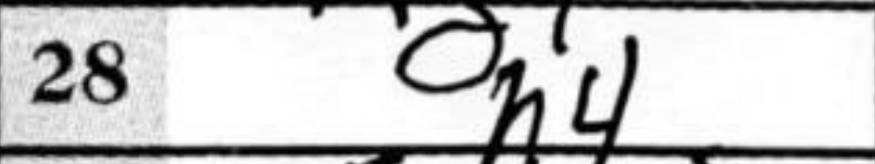
Transcription: h4